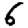
Digit: 6